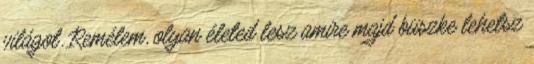
világot. Remélem, olyan életed lesz amire majd büszke lehetsz